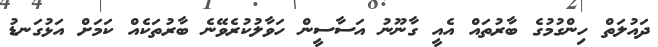
ދައުލަތް ހިންގުމުގެ ބާރުތައް އެއީ ގާނޫނު އަސާސީން ހަވާލުކުރެވޭނެ ބާރުތަކެއް ކަމަށް އަޅުގަނޑު